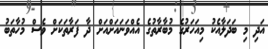
އަދި މި ބަދަލާއެކު މިއަހަރުގެ މުބާރާތުގެ އެއްވަނައަށްއަށް ދާ ފަރާތަކަށް ވެސް މުހާތަބު